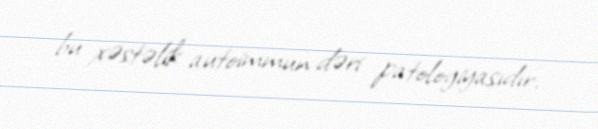
bu xəstəlik autoimmun dəri patologiyasıdır.